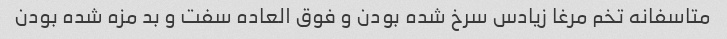
متاسفانه تخم مرغا زیادس سرخ شده بودن و فوق العاده سفت و بد مزه شده بودن